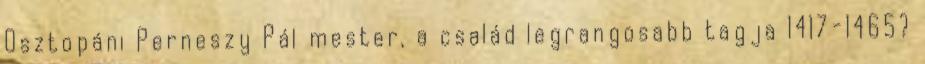
Osztopáni Perneszy Pál mester, a család legrangosabb tagja 1417-1465?